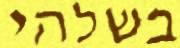
בשלהי